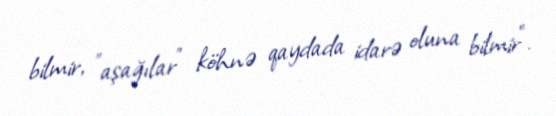
bilmir, "aşağılar" köhnə qaydada idarə oluna bilmir".